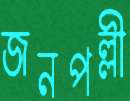
জনপল্লী